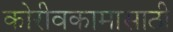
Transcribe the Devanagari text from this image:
कोरीवकामासाठी